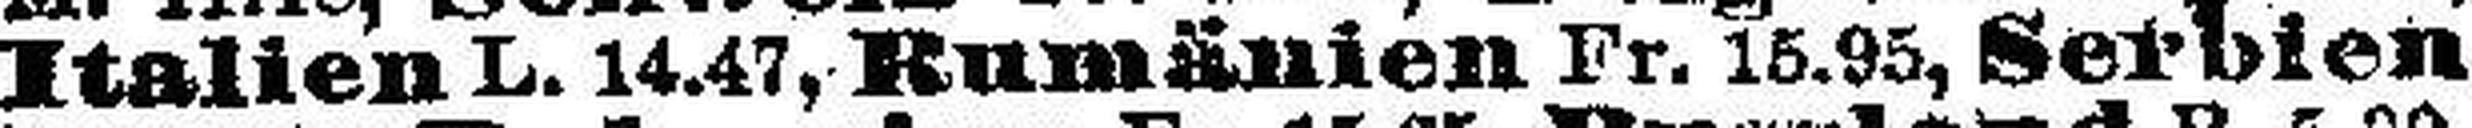
Italien L. 14.47, Rumänien Fr. 15.95, Serbien